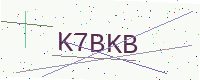
Text: K7BKB